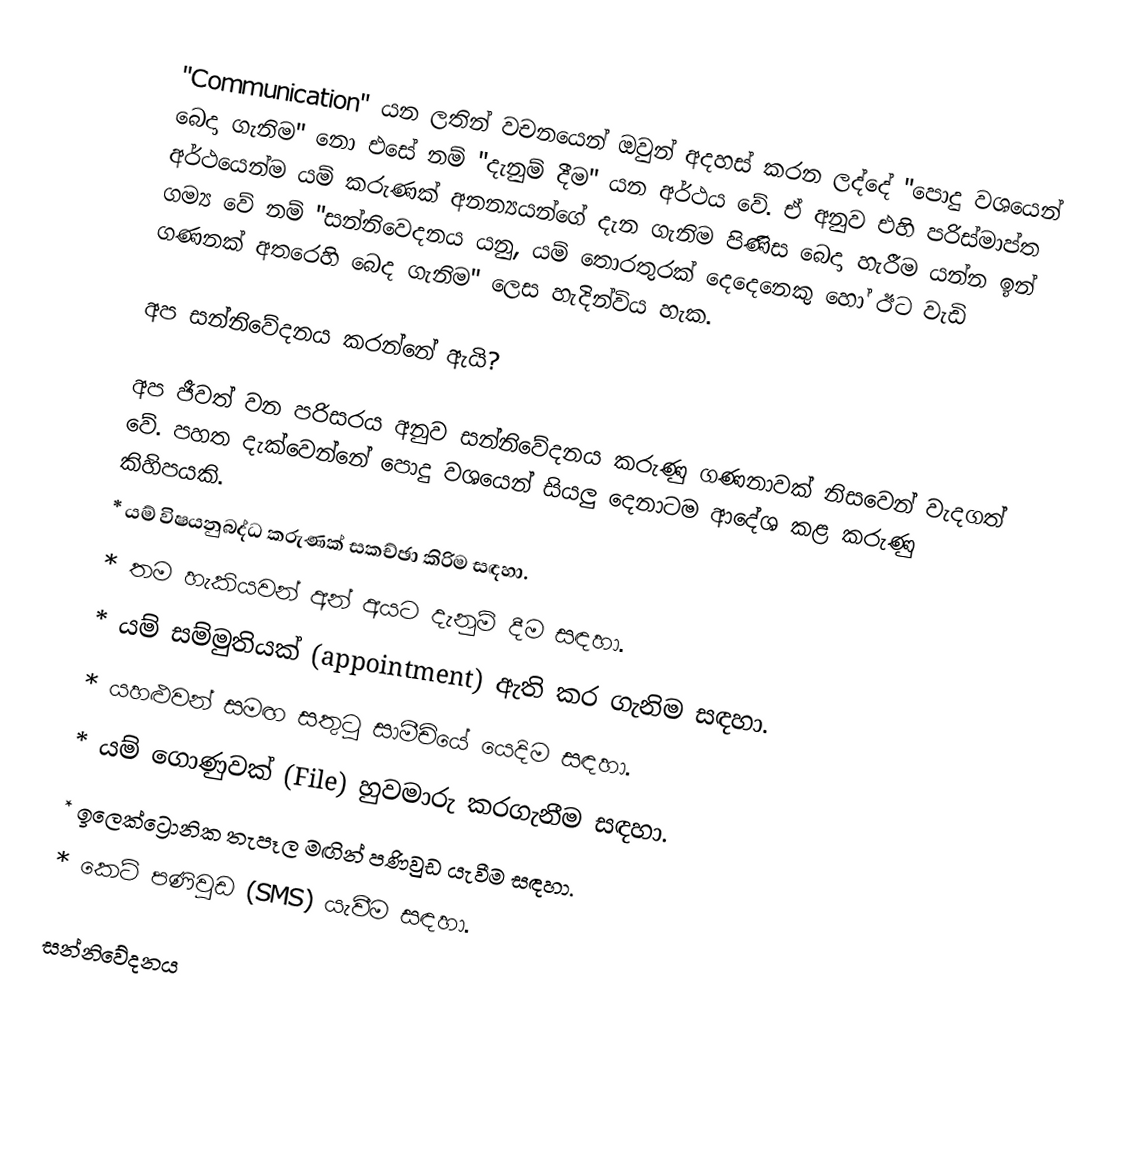
"Communication" යන ලතින් වචනයෙන් ඔවුන් අදහස් කරන ලද්දේ "පොදු වශයෙන් බෙදා ගැනිම" නො එසේ නම් "දැනුම් දීම" යන අර්ථය වේ. ඒ අනුව එහි පරිස්මාප්ත අර්ථයෙන්ම යම් කරුණක් අනන්‍යයන්ගේ දැන ගැනිම පිණිස බෙදා හැරීම යන්න ඉන් ගම්‍ය වේ නම් "සන්නිවෙදනය යනු, යම් තොරතුරක් දෙදෙනෙකු හෝ ඊට වැඩි ගණනක් අතරෙහි බෙද ගැනිම" ලෙස හැදින්විය හැක.

අප සන්නිවේදනය කරන්නේ ඇයි?

අප ජීවත් වන පරිසරය අනුව සන්නිවේදනය කරුණු ගණනාවක් නිසවෙන් වැදගත් වේ. පහත දැක්වෙන්නේ පොදු වශයෙන් සියලු දෙනාටම ආදේශ කළ කරුණු කිහිපයකි.
     * යම් විෂයනුබද්ධ කරුණක් සකච්ඡා කිරිම සඳහා.
     * තම හැකියවන් අන් අයට දැනුම් දීම සඳහා.
     * ‍යම් සම්මුතියක් (appointment)  ඇති කර ගැනිම සඳහා.
     * යහළුවන් සමඟ සතුටු සාමීචියේ යෙදිම සඳහා.
     * යම් ගොණුවක් (File) හුවමාරු කරගැනීම සඳහා.
     * ඉලෙක්ට්‍රොනික තැපෑල මඟින් පණිවුඩ යැවීම සඳහා.
     * කෙටි පණිවුඩ (SMS) යැවීම සඳහා.

සන්නිවේදනය